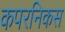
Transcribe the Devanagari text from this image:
कपरनिकस